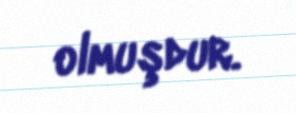
olmuşdur.